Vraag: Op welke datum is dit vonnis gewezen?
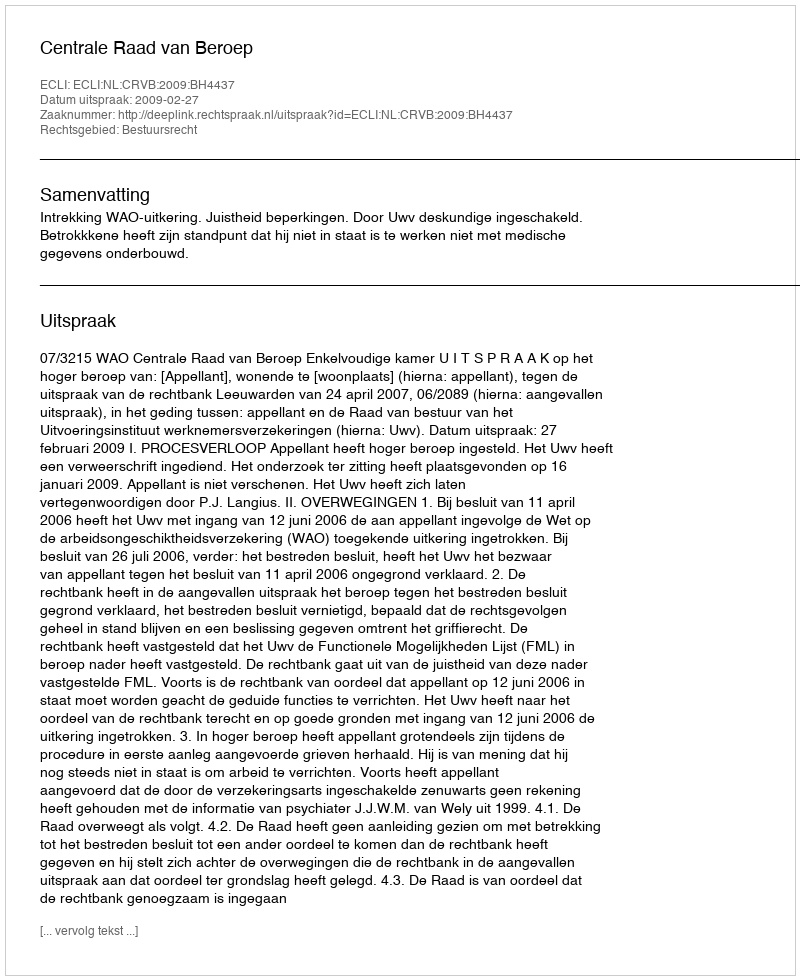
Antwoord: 2009-02-27